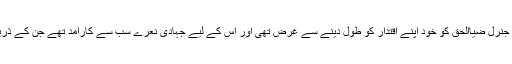
لیکن اس وقت جنرل ضیاالحق اور ان کے ساتھی جنرل کسی کی بات سننے پر تیار نہیں تھے کیوں کہ جنرل ضیاالحق کو خود اپنے اقتدار کو طول دینے سے غرض تھی اور اس کے لیے جہادی نعرے سب سے کارآمد تھے جن کے ذریعے اس پورے خطے کو ایک طویل جنگ کی آگ میں جھونک دیا گیا تھا جو اب تک بھڑک رہی ہے۔